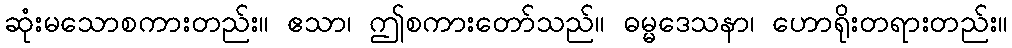
ဆုံးမသောစကားတည်း။ ဧသာ၊ ဤစကားတော်သည်။ ဓမ္မဒေသနာ၊ ဟောရိုးတရားတည်း။